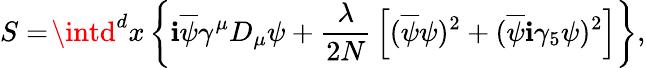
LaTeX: S=\! \intd^{d}x\left\{ \mathbf{i}\overline{{{{\psi}}}}\gamma^{\mu}D_{\mu}\psi+{\frac{{\lambda}}{{2N}}}\left[(\overline{{{{\psi}}}}\psi)^{2}+(\overline{{{{\psi}}}}\mathbf{i}\gamma_{5}\psi)^{2}\right]\right\} ,